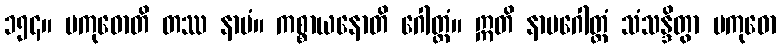
၁၅၄။ ပကုဓောတိ တဿ နာမံ။ ကစ္စာယနောတိ ဂေါတ္တံ။ ဣတိ နာမဂေါတ္တံ သံသန္ဒိတွာ ပကုဓော